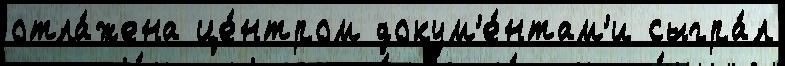
отла́жена це́нтром докум'е́нтам'и сыгра́л